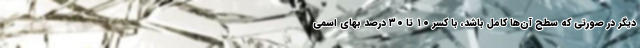
دیگر در صورتی که سطح آن‌ها کامل باشد، با کسر ۱۰ تا ۳۰ درصد بهای اسمی